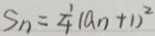
S _ { n } = \frac { 1 } { 4 } ( a _ { n } + 1 ) ^ { 2 }